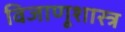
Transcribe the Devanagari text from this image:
विजाणूशास्त्र